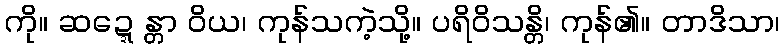
ကို။ ဆဍ္ဍေန္တာ ဝိယ၊ ကုန်သကဲ့သို့။ ပရိဝိသန္တိ၊ ကုန်၏။ တာဒိသာ၊